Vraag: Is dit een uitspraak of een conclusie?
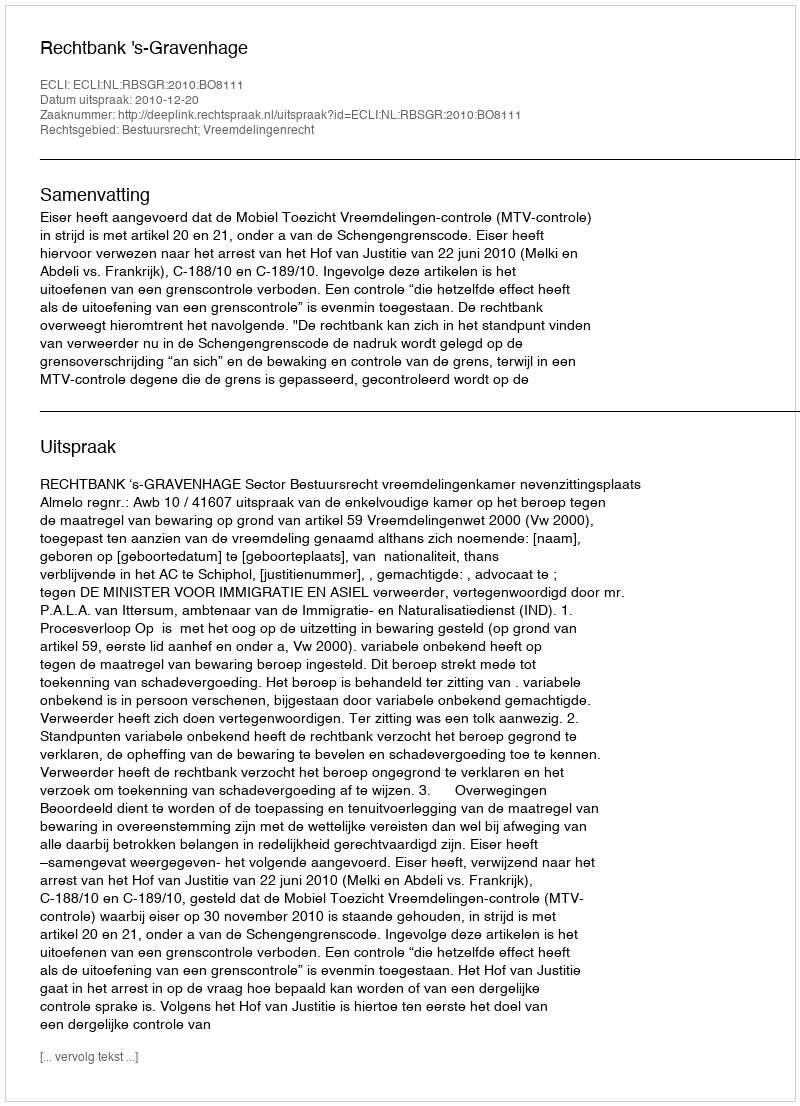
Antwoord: Uitspraak